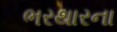
ભરથારના